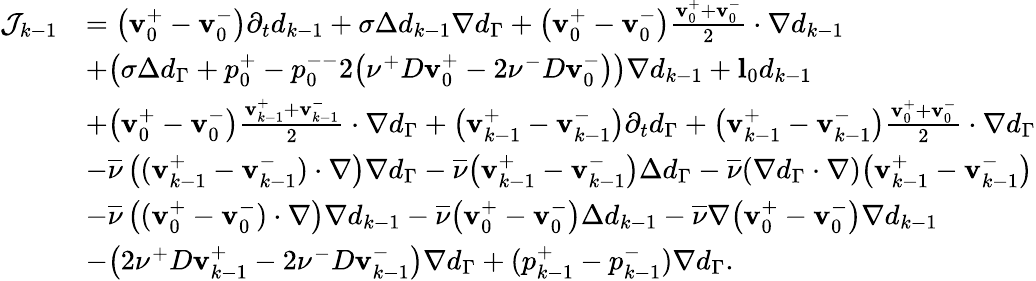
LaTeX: \begin{array}{rl}{\mathcal{J}_{k-1}}&{=\big(\mathbf{v}_{0}^{+}-\mathbf{v}_{0}^{-}\big)\partial_{t}d_{k-1}+\sigma\Delta d_{k-1}\nabla d_{\Gamma}+\big(\mathbf{v}_{0}^{+}-\mathbf{v}_{0}^{-}\big)\frac{\mathbf{v}_{0}^{+}+\mathbf{v}_{0}^{-}}{2}\cdot\nabla d_{k-1}}\\ &{+\big(\sigma\Delta d_{\Gamma}+p_{0}^{+}-p_{0}^{--}2\big(\nu^{+}D\mathbf{v}_{0}^{+}-2\nu^{-}D\mathbf{v}_{0}^{-}\big)\big)\nabla d_{k-1}+\mathbf{l}_{0}d_{k-1}}\\ &{+\big(\mathbf{v}_{0}^{+}-\mathbf{v}_{0}^{-}\big)\frac{\mathbf{v}_{k-1}^{+}+\mathbf{v}_{k-1}^{-}}{2}\cdot\nabla d_{\Gamma}+\big(\mathbf{v}_{k-1}^{+}-\mathbf{v}_{k-1}^{-}\big)\partial_{t}d_{\Gamma}+\big(\mathbf{v}_{k-1}^{+}-\mathbf{v}_{k-1}^{-}\big)\frac{\mathbf{v}_{0}^{+}+\mathbf{v}_{0}^{-}}{2}\cdot\nabla d_{\Gamma}}\\ &{-\overline{{\nu}}\left((\mathbf{v}_{k-1}^{+}-\mathbf{v}_{k-1}^{-})\cdot\nabla\right)\nabla d_{\Gamma}-\overline{{\nu}}\big(\mathbf{v}_{k-1}^{+}-\mathbf{v}_{k-1}^{-}\big)\Delta d_{\Gamma}-\overline{{\nu}}(\nabla d_{\Gamma}\cdot\nabla)\big(\mathbf{v}_{k-1}^{+}-\mathbf{v}_{k-1}^{-}\big)}\\ &{{-\overline{{\nu}}\left((\mathbf{v}_{0}^{+}-\mathbf{v}_{0}^{-})\cdot\nabla\right)\nabla d_{k-1}-\overline{{\nu}}\big(\mathbf{v}_{0}^{+}-\mathbf{v}_{0}^{-}\big)\Delta d_{k-1}-\overline{{\nu}}\nabla\big(\mathbf{v}_{0}^{+}-\mathbf{v}_{0}^{-}\big)\nabla d_{k-1}}}\\ &{-\big(2\nu^{+}D\mathbf{v}_{k-1}^{+}-2\nu^{-}D\mathbf{v}_{k-1}^{-}\big)\nabla d_{\Gamma}+(p_{k-1}^{+}-p_{k-1}^{-})\nabla d_{\Gamma}.}\end{array}